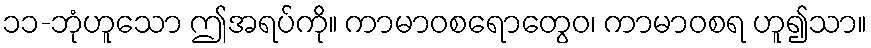
၁၁-ဘုံဟူသော ဤအရပ်ကို။ ကာမာဝစရောတွေဝ၊ ကာမာဝစရ ဟူ၍သာ။